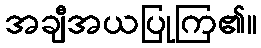
အချီအယပြုကြ၏။